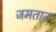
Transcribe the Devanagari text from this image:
जमतात़